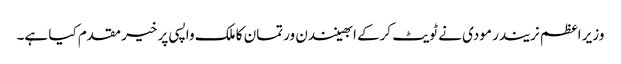
وزیر اعظم نریندر مودی نے ٹویٹ کرکے ابھینندن ورتمان کا ملک واپسی پر خیر مقدم کیا ہے۔